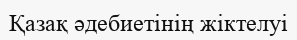
Қазақ әдебиетінің жіктелуі